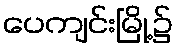
ပေကျင်းမြို့၌